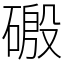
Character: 磤